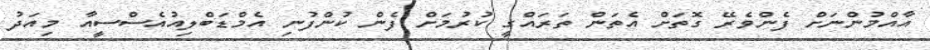
އާއްމުންނަށް ފެންވެރޭ ގޮތަށް އެތަން ތަރައްގީ ކުރުމަށް ފެން ކުންފުނި އެމްޑަބްލިއުއެސްސީއާ މިއަދު